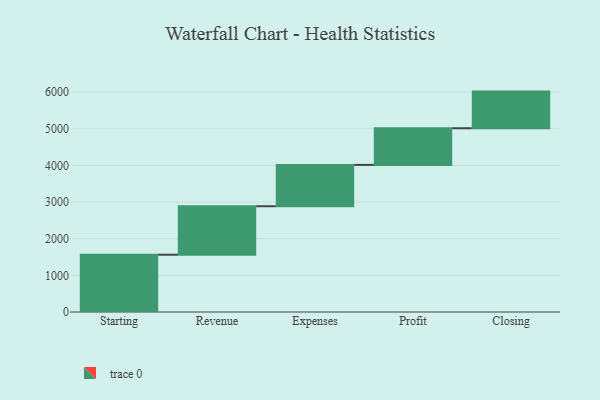
{"axis": {"x": "Step", "y": "Value"}, "legend": [""], "data": [{"x": "Starting", "y": 1563.0, "type": ""}, {"x": "Revenue", "y": 1323.0, "type": ""}, {"x": "Expenses", "y": 1128.0, "type": ""}, {"x": "Profit", "y": 1000, "type": ""}, {"x": "Closing", "y": 1000, "type": ""}]}